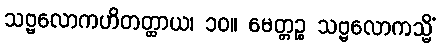
သဗ္ဗလောကဟိတတ္ထာယ၊ ၁၀။ မေတ္တဉ္စ သဗ္ဗလောကသ္မိံ